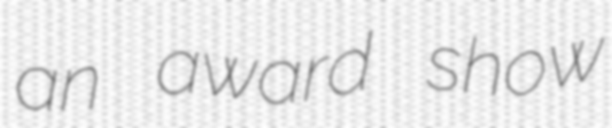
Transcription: an award show